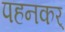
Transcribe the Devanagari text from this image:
पहनकर्